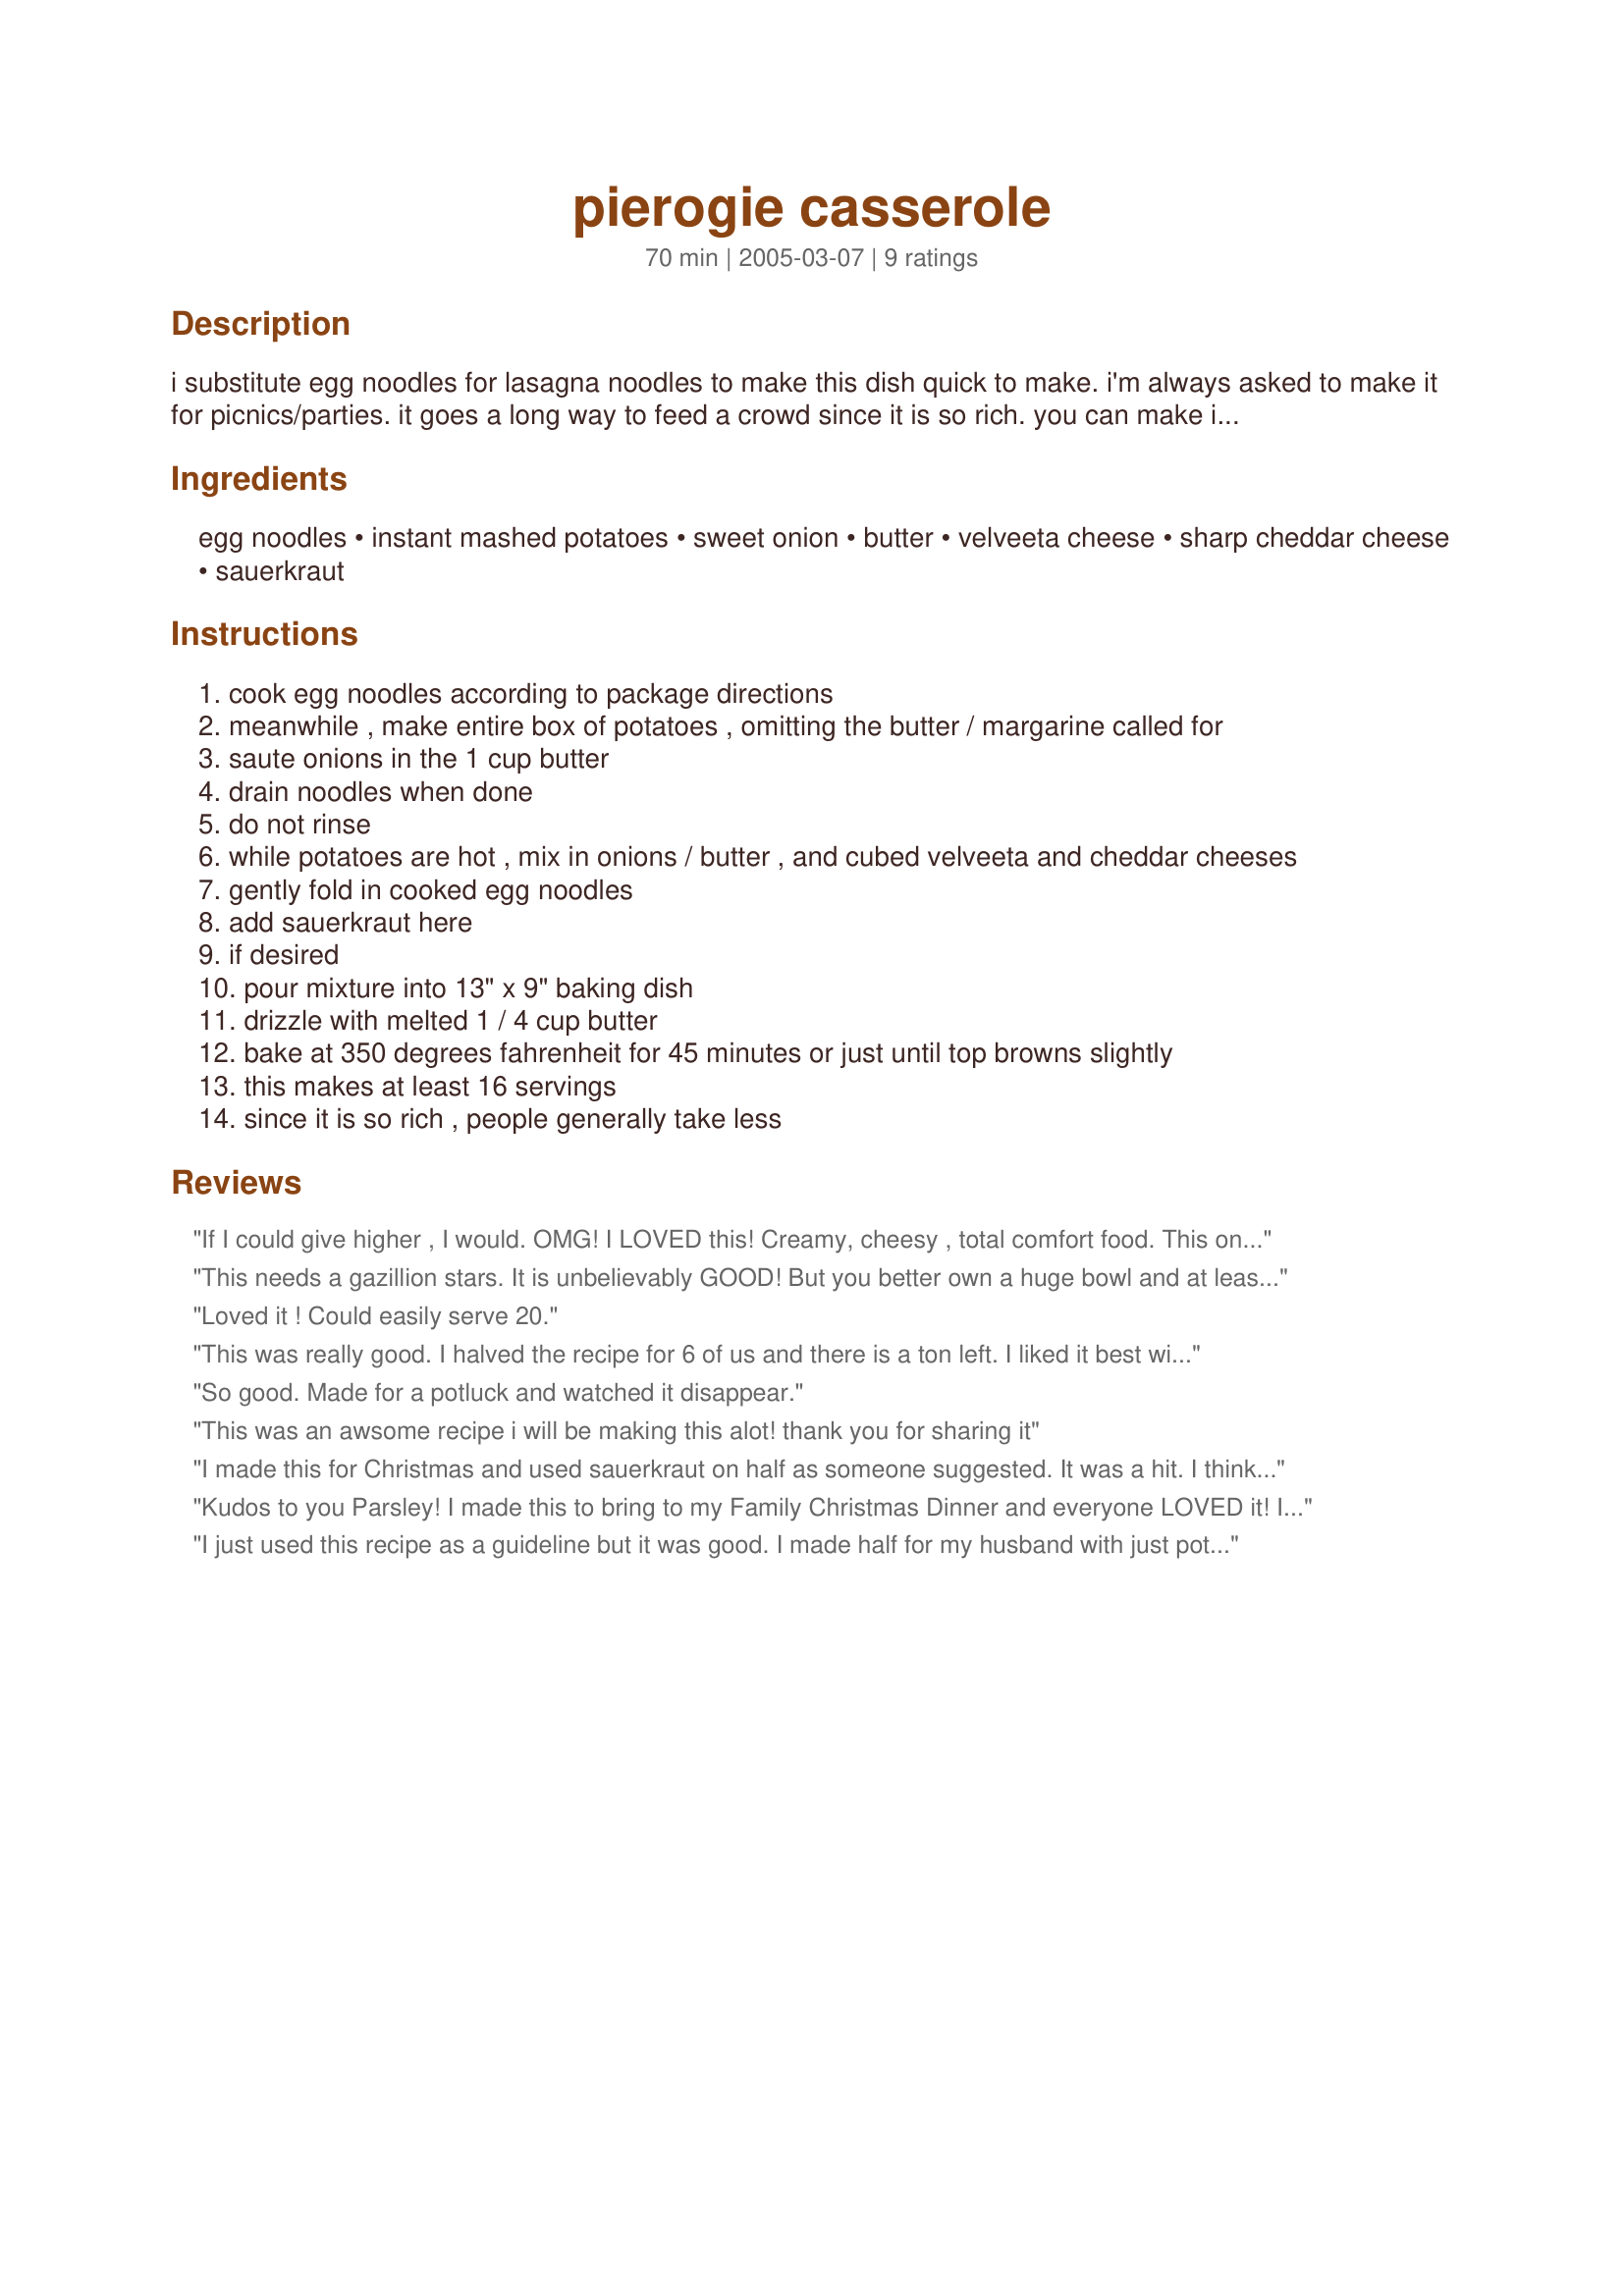
pierogie casserole
Preparation time: 70 minutes

i substitute egg noodles for lasagna noodles to make this dish quick to make. i'm always asked to make it for picnics/parties. it goes a long way to feed a crowd since it is so rich. you can make it with or without the sauerkraut, or half and half like i do.

Ingredients:
egg noodles, instant mashed potatoes, sweet onion, butter, velveeta cheese, sharp cheddar cheese, sauerkraut

Steps:
cook egg noodles according to package directions
meanwhile , make entire box of potatoes , omitting the butter / margarine called for
saute onions in the 1 cup butter
drain noodles when done
do not rinse
while potatoes are hot , mix in onions / butter , and cubed velveeta and cheddar cheeses
gently fold in cooked egg noodles
add sauerkraut here
if desired
pour mixture into 13" x 9" baking dish
drizzle with melted 1 / 4 cup butter
bake at 350 degrees fahrenheit for 45 minutes or just until top browns slightly
this makes at least 16 servings
since it is so rich , people generally take less

Reviews:
If I could give higher , I would. OMG! I LOVED this! Creamy, cheesy , total comfort food. This one definitely goes into my staples for winter food!!!!! I did half with kraut and half without. I liked it both ways. Made the recipe exactly as stated. EXCELLENT! *mmmmm* :-)

Thanks so much for posting this recipe!
This needs a gazillion stars. It is unbelievably GOOD! But you better own a huge bowl and at least an 11x17 Pan. LOL I used it in my cooking class today and 17 people stuffed themselves, and there was still some left. :-)This has gone to the top of SURE TO MAKE, all in class. Do not leave out the sauerkraut.It gives it that little EXTRA. Thanks for such a wonderful crowd pleaser. Ingrid
Loved it ! Could easily serve 20.
This was really good. I halved the recipe for 6 of us and there is a ton left. I liked it best with the sauerkraut. I used already made mashed potatoes and added both cheeses and microwaved this together. Then I mixed everything in an 11x9 pan and put it in the oven for 15 mintues. I also added more cheddar cheese on top.
So good. Made for a potluck and watched it disappear.
This was an awsome recipe i will be making this alot! thank you for sharing it
I made this for Christmas and used sauerkraut on half as someone suggested. It was a hit. I think this recipe easily serves 20. Not for dieters, but if you can afford the calories this is a must try. Thanks, Parsley.
Kudos to you Parsley! I made this to bring to my Family Christmas Dinner and everyone LOVED it! I did'nt use sauerkraut just because I'm not a big fan of it. I also used real potatoes for the same reason.It worked out JUST delicious! Merry Christmas!
I also added a little cooked bacon pieces to the top before baking.
I just used this recipe as a guideline but it was good. I made half for my husband with just potatoes but on my side I added spinach and caramelized onions. I also left out the velveeta and just used more cheddar. Great to adapt to personal preferences. Perfect for the cold weather we're having.
